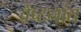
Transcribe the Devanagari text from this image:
वेष्टनांत